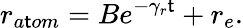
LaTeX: r_{a\mathsf{t}om}=Be^{-\gamma_{r}\mathsf{t}}+r_{e}.